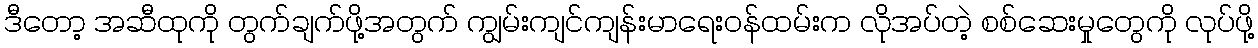
ဒီတော့ အဆီထုကို တွက်ချက်ဖို့အတွက် ကျွမ်းကျင်ကျန်းမာရေးဝန်ထမ်းက လိုအပ်တဲ့ စစ်ဆေးမှုတွေကို လုပ်ဖို့